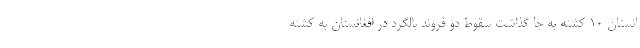
انستان ۱۰ کشته به جا گذاشت سقوط دو فروند بالگرد در افغانستان به کشته